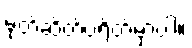
မုတ်ဆိတ်ပဲရိတ်မှာပါ။